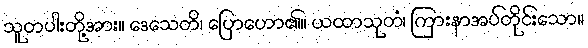
သူတပါးတို့အား။ ဒေသေတိ၊ ပြောဟော၏။ ယထာသုတံ၊ ကြားနာအပ်တိုင်းသော။